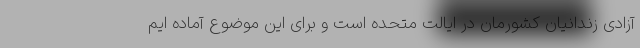
آزادی زندانیان کشورمان در ایالت متحده است و برای این موضوع آماده ایم